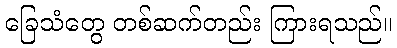
ခြေသံတွေ တစ်ဆက်တည်း ကြားရသည်။